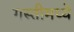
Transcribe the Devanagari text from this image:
गस्तीमध्ये